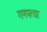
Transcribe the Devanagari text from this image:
गणपत्या